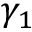
\gamma _ { 1 }